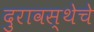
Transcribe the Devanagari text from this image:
दुरावस्थेचे